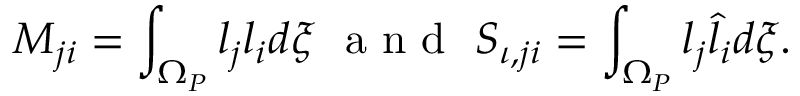
M _ { j i } = \int _ { \Omega _ { P } } l _ { j } l _ { i } d \boldsymbol { \xi } \ \mathrm { ~ a ~ n ~ d ~ } \ S _ { \iota , j i } = \int _ { \Omega _ { P } } l _ { j } \hat { l } _ { i } d \boldsymbol { \xi } .